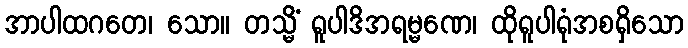
အာပါထဂတေ၊ သော။ တသ္မိံ ရူပါဒိအရမ္မဏေ၊ ထိုရူပါရုံအစရှိသော